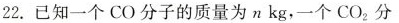
22.已知一个CO分子的质量为nkg，一个CO_{2}分